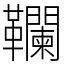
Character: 䪍